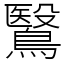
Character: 鷖